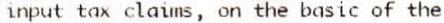
INPUT TAX CLAIMS, ON THE BASIC OF THE